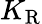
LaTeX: K_{\mathrm{{R}}}